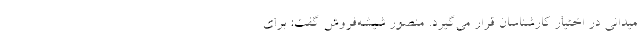
میدانی در اختیار کارشناسان قرار می‌گیرد. منصور شیشه‌فروش گفت: برای